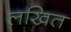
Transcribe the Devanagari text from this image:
लखित